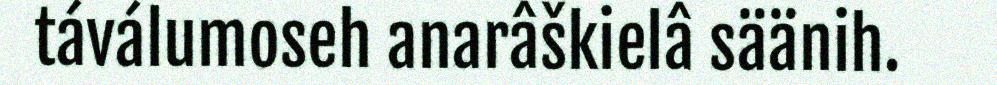
táválumoseh anarâškielâ säänih.